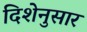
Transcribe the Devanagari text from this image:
दिशेनुसार